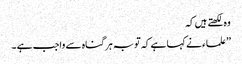
وہ لکھتے ہیں کہ
’’علماء نے کہا ہے کہ توبہ ہر گناہ سے واجب ہے ۔